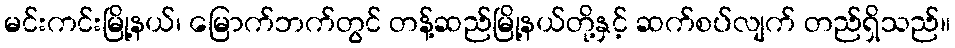
မင်းကင်းမြို့နယ်၊ မြောက်ဘက်တွင် တန့်ဆည်မြို့နယ်တို့နှင့် ဆက်စပ်လျက် တည်ရှိသည်။